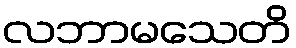
လဘာမသေတိ